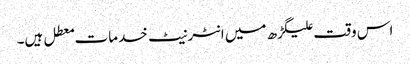
اس وقت علیگڑھ میں انٹرنیٹ خدمات معطل ہیں۔